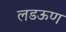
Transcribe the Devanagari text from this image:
लडऊण